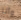
وأنا